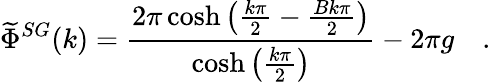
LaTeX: \widetilde{\Phi}^{SG}(k)=\frac{2\pi\cosh\left(\frac{k\pi}{2}-\frac{Bk\pi}{2}\right)}{\cosh\left(\frac{k\pi}{2}\right)}-2\pi g\quad.